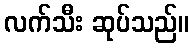
လက်သီး ဆုပ်သည်။